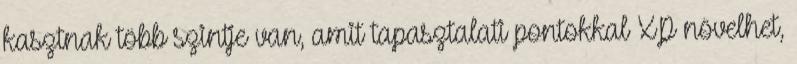
kasztnak több szintje van, amit tapasztalati pontokkal XP növelhet,